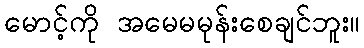
မောင့်ကို အမေမမုန်းစေချင်ဘူး။